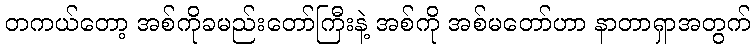
တကယ်တော့ အစ်ကိုခမည်းတော်ကြီးနဲ့ အစ်ကို အစ်မတော်ဟာ နာတာရှာအတွက်